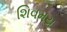
શિવમય